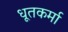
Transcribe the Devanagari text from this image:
धूतकर्मा